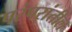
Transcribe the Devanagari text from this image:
परंपरांतील